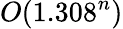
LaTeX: O(1.308^{n})